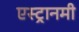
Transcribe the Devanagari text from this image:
एस्ट्रानमी